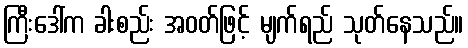
ကြီးဒေါ်က ခါးစည်း အဝတ်ဖြင့် မျက်ရည် သုတ်နေသည်။